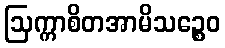
ဩက္ကာစိတအာမိသဉ္စေဝ